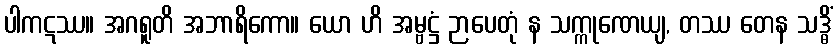
ပါကဋဿ။ အဂရူတိ အဘာရိကော။ ယော ဟိ အမ္ဗဋ္ဌံ ဉာပေတုံ န သက္ကုဏေယျ, တဿ တေန သဒ္ဓိံ